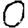
Digit: 0